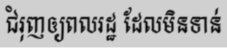
ជំរុញឲ្យពលរដ្ឋ ដែលមិនទាន់